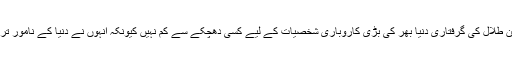
میڈیا رپورٹس کے مطابق کھرب پتی شہزادہ ولید بن طلال کی گرفتاری دنیا بھر کی بڑی کاروباری شخصیات کے لیے کسی دھچکے سے کم نہیں کیونکہ انہوں نے دنیا کے نامور ترین مالیاتی اداروں میں سرمایہ کاری کررکھی تھی۔